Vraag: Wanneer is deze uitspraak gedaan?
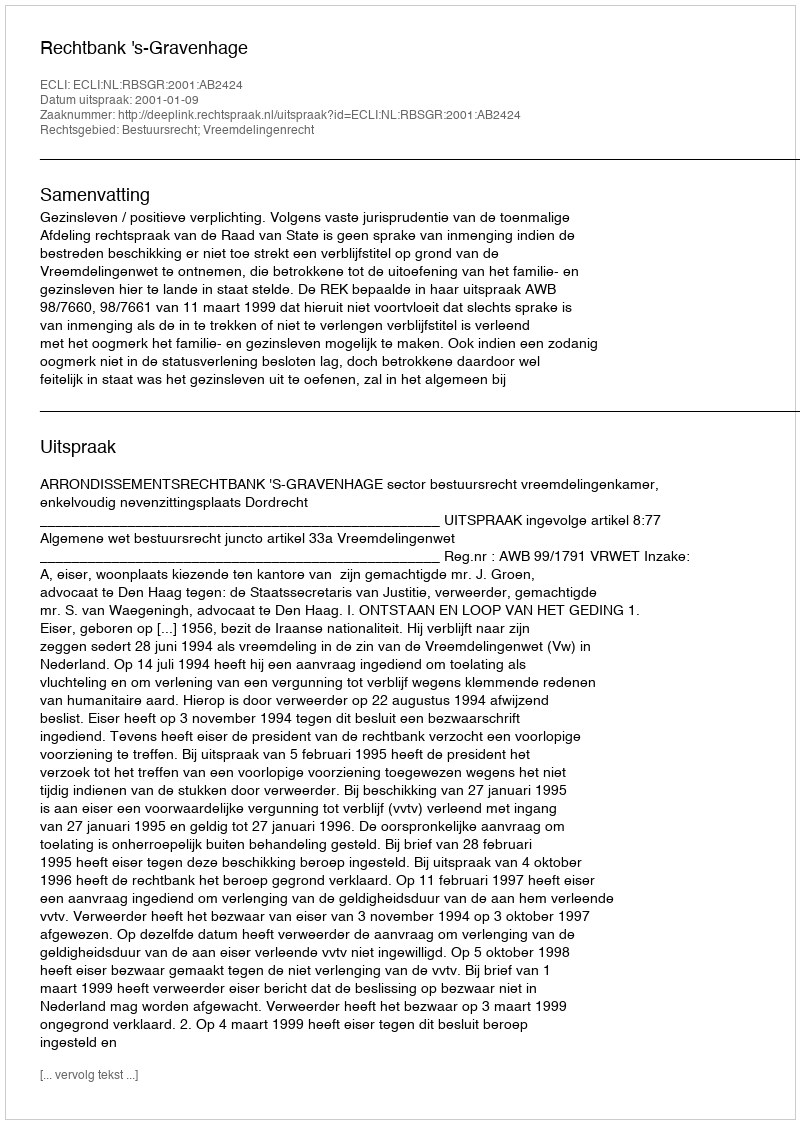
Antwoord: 2001-01-09